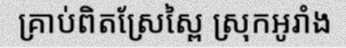
គ្រាប់ពិតស្រែស្ពៃ ស្រុកអូរាំង